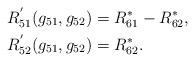
LaTeX: \begin{align*}R_{51}^{'}(g_{51},g_{52})&= R_{61}^*-R_{62}^*, \\R_{52}^{'}(g_{51},g_{52})&= R_{62}^*.\end{align*}